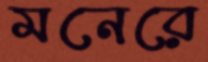
মনেরে